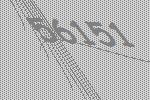
56151